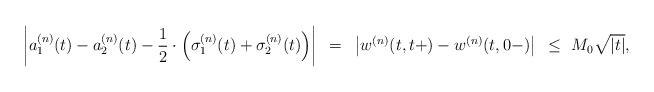
LaTeX: \begin{align*} \left|a^{(n)}_1(t)-a^{(n)}_2(t)-{1\over 2}\cdot\left(\sigma^{(n)}_1(t)+\sigma^{(n)}_2(t)\right)\right|~=~\left|w^{(n)}(t,t+)-w^{(n)}(t,0-)\right|~\leq~M_0\sqrt{|t|}, \end{align*}